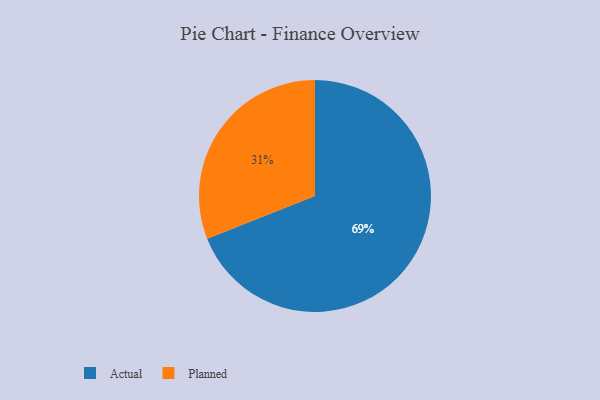
{"axis": {"x": "Category", "y": "Percentage"}, "legend": ["Actual", "Planned"], "data": [{"x": "Actual", "y": 69, "type": "Actual"}, {"x": "Planned", "y": 31, "type": "Planned"}]}